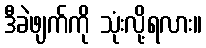
ဒီခဲဖျက်ကို သုံးလို့ရလား။